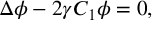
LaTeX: \Delta \phi - 2 \gamma C _ { 1 } \phi = 0 ,